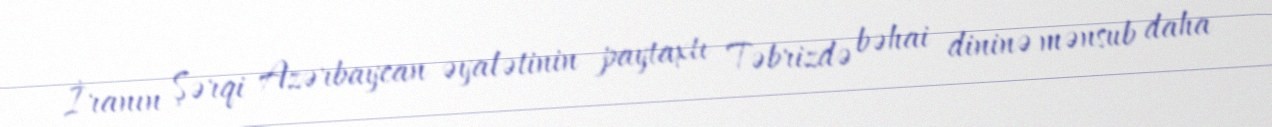
İranın Şərqi Azərbaycan əyalətinin paytaxtı Təbrizdə bəhai dininə mənsub daha